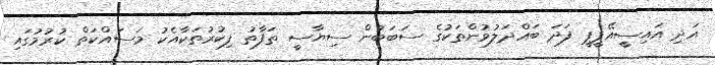
އަދި އައިސީއޭޕީޕީ ފަދަ ބައްދަލުވުންތަކުގެ ސަބަބުން ސިޔާސީ ތަފާތު ފިކުރުތަކާއެކު މަސައްކަތް ކުރުމުގައި